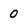
Character: 0